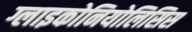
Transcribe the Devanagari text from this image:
ग्लाइकोनियोलिसिस